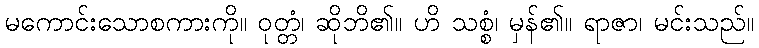
မကောင်းသောစကားကို။ ဝုတ္တံ၊ ဆိုဘိ၏။ ဟိ သစ္စံ၊ မှန်၏။ ရာဇာ၊ မင်းသည်။